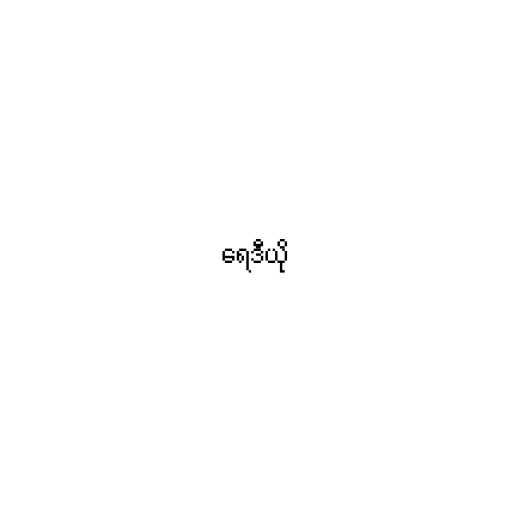
ရေဒီယို